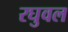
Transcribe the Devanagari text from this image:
रघुवल